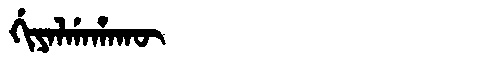
Manchu: ᡤᡳᠶᠠᠯᡤᠠᡥᠠᡴᡡ
Romanization: GIYALGAHAKŪ